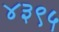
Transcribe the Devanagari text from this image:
४३९५